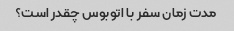
مدت زمان سفر با اتوبوس چقدر است؟